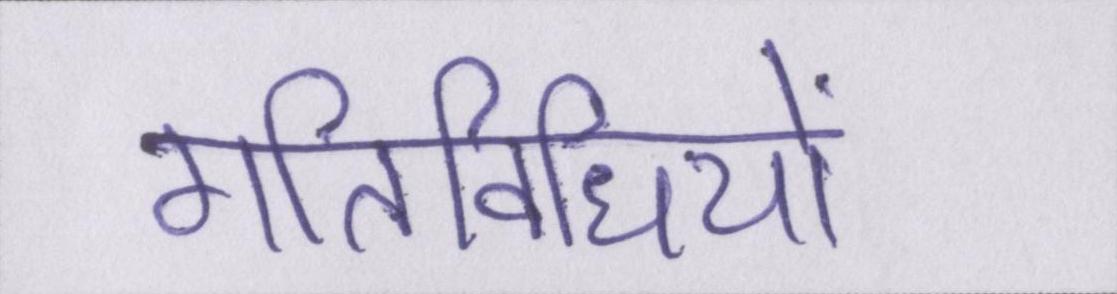
गतिविधियों